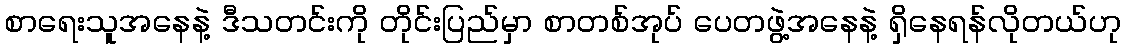
စာရေးသူအနေနဲ့ ဒီသတင်းကို တိုင်းပြည်မှာ စာတစ်အုပ် ပေတဖွဲ့အနေနဲ့ ရှိနေရန်လိုတယ်ဟု